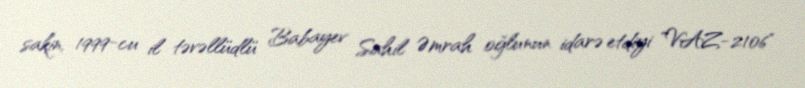
sakin, 1999-cu il təvəllüdlü Babayev Sahil Əmrah oğlunun idarə etdiyi "VAZ-2106"